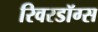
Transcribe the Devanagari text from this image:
रिवरडॉग्स